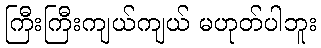
ကြီးကြီးကျယ်ကျယ် မဟုတ်ပါဘူး